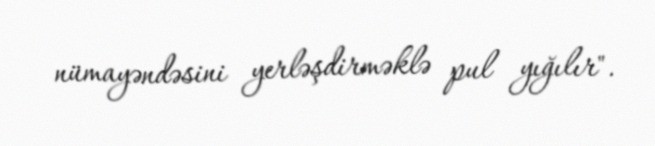
nümayəndəsini yerləşdirməklə pul yığılır".